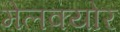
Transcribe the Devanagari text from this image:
मेलक्योर